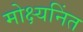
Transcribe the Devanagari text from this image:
मोक्ष्यनिंत